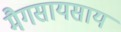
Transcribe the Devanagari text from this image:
मैगसायसाय